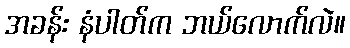
အခန်း နံပါတ်က ဘယ်လောက်လဲ။